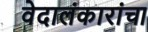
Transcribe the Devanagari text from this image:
वेदालंकारांचा